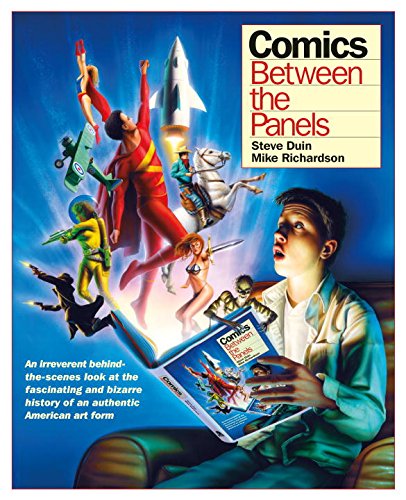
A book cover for Comics: Between the Panels; Mike Richardson; Reference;